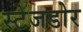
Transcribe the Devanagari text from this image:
स्टेजडोर